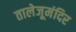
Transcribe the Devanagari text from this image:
तालेजूमंदिर